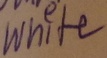
Text: White